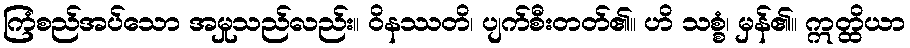
ကြံစည်အပ်သော အမှုသည်လည်း။ ဝိနဿတိ၊ ပျက်စီးတတ်၏။ ဟိ သစ္စံ၊ မှန်၏။ ဣတ္ထိယာ